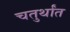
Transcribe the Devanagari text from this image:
चतुर्थांत